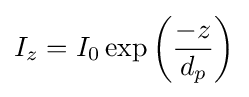
I_{z}=I_{0}\exp \left({\frac {-z}{d_{p}}}\right)